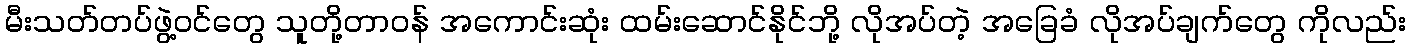
မီးသတ်တပ်ဖွဲ့ဝင်တွေ သူတို့တာဝန် အကောင်းဆုံး ထမ်းဆောင်နိုင်ဘို့ လိုအပ်တဲ့ အခြေခံ လိုအပ်ချက်တွေ ကိုလည်း